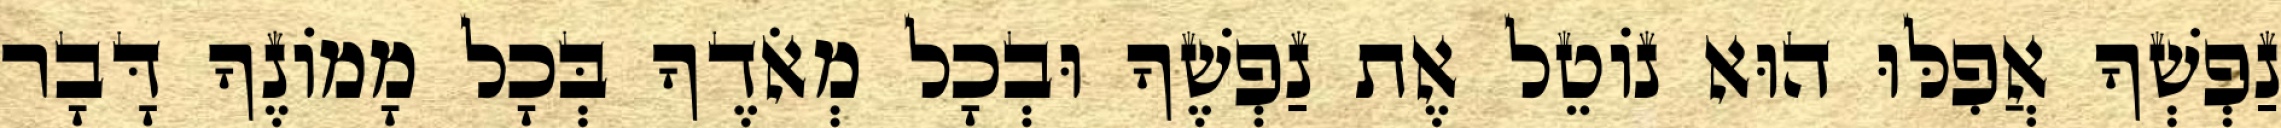
נַפְשְׁךָ אֲפִלּוּ הוּא נוֹטֵל אֶת נַפְשֶׁךָ וּבְכָל מְאֹדֶךָ בְּכָל מָמוֹנֶךָ דָּבָר